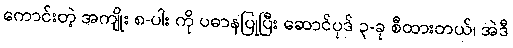
ကောင်းတဲ့ အကျိုး ၈-ပါး ကို ပဓာနပြုပြီး ဆောင်ပုဒ် ၃-ခု စီထားတယ်၊ အဲဒီ